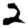
Digit: 2